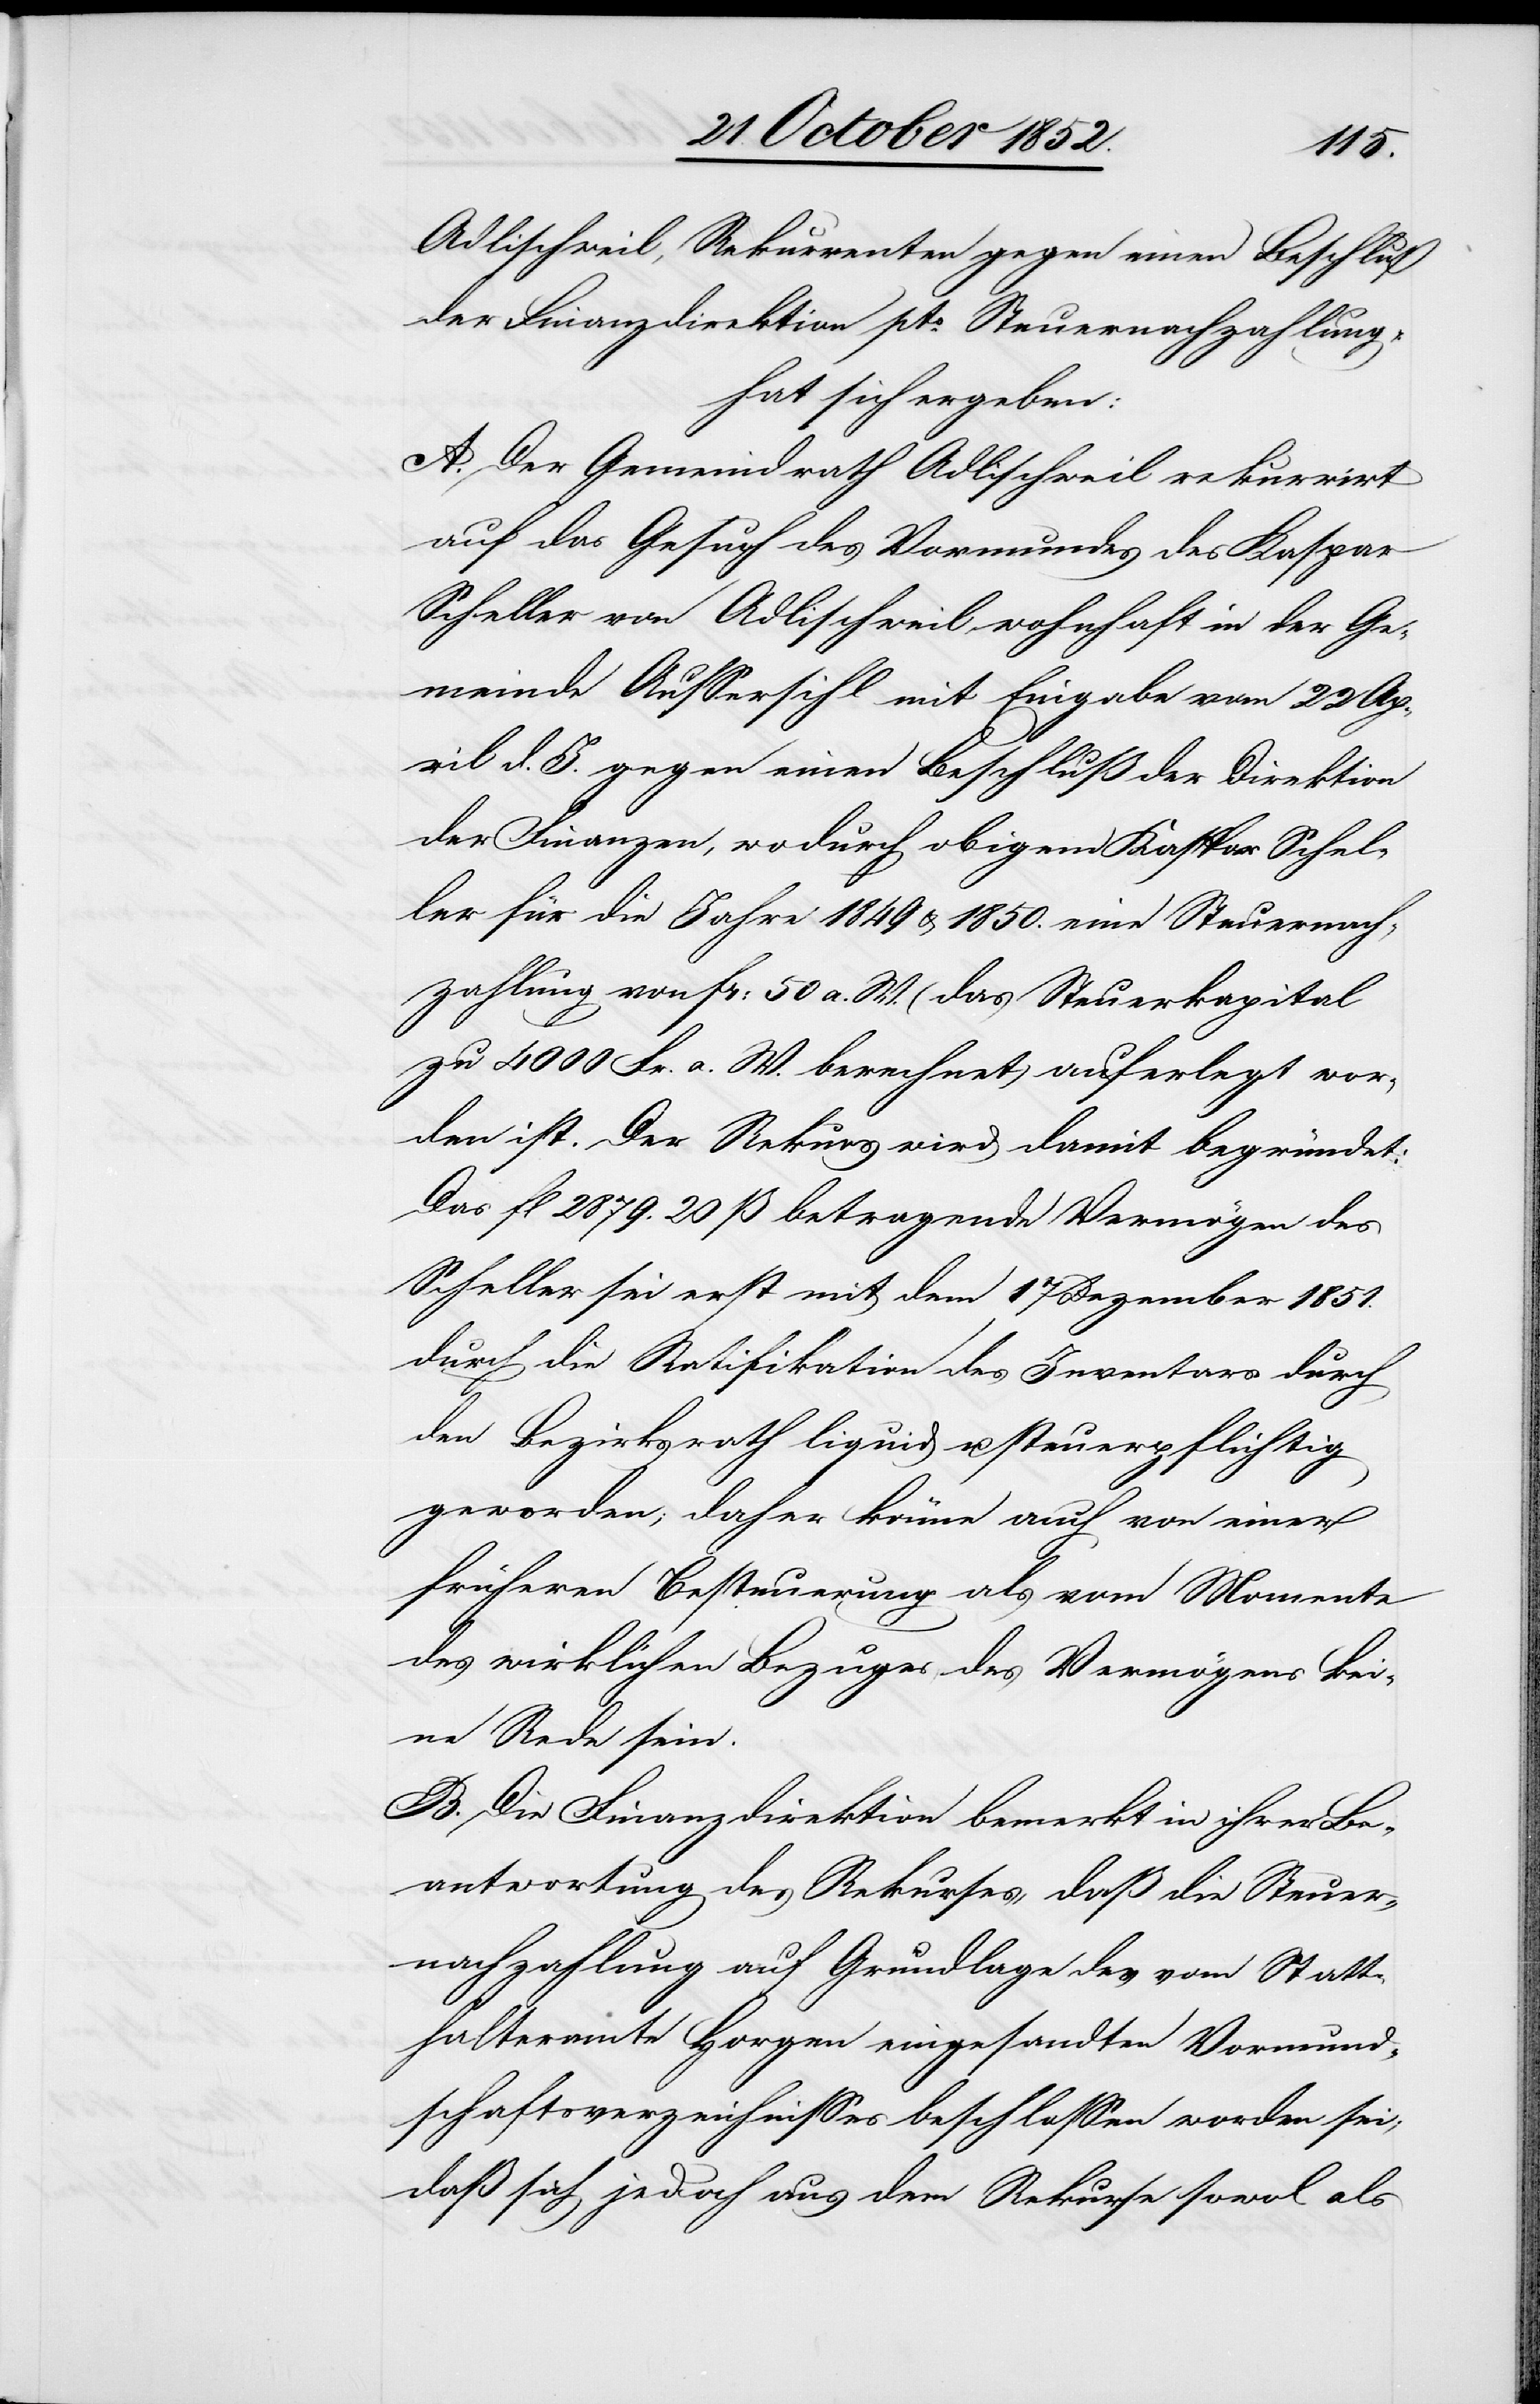
Adlischweil, Rekurrenten gegen einen Beschluß
der Finanzdirektion pto. Steuernachzahlung,
hat sich ergeben:
A. Der Gemeindrath Adlischweil rekurrirt
auf das Gesuch des Vormundes des Kaspar
Scheller von Adlischweil, wohnhaft in der Ge¬
meinde Aussersihl mit Eingabe vom 22 Ap¬
ril d. J. gegen einen Beschluß der Direktion
der Finanzen, wodurch obigem Kaspar Schel¬
ler für die Jahre 1849 & 1850. eine Steuernach¬
zahlung von Fr: 50 a. W. (das Steuerkapital
zu 4000 Fr. a. W. berechnet) auferlegt wor¬
den ist. Der Rekurs wird damit begründet:
Das fl 2879. 20 ß betragende Vermögen des
Scheller sei erst mit dem 17 Dezember 1851.
durch die Ratifikation des Inventars durch
den Bezirksrath liquid u. steuerpflichtig
geworden; daher könne auch von einer
früheren Besteuerung als vom Momente
des wirklichen Bezuges des Vermögens kei¬
ne Rede sein.
B. Die Finanzdirektion bemerkt in ihrer Be¬
antwortung des Rekurses, daß die Steuer¬
nachzahlung auf Grundlage des vom Statt¬
halteramte Horgen eingesandten Vormund¬
schaftsverzeichnisses beschlossen worden sei;
daß sich jedoch aus dem Rekurse sowol als